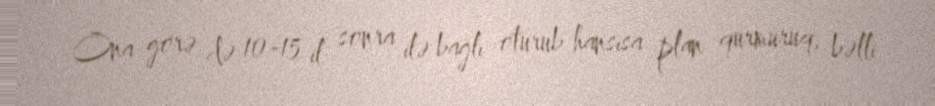
Ona görə də 10-15 il sonra ilə bağlı oturub hansısa plan qurmuruq, bəlli